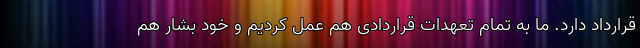
قرارداد دارد. ما به تمام تعهدات قراردادی هم عمل کردیم و خود بشار هم